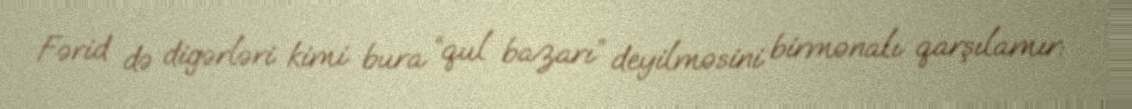
Fərid də digərləri kimi bura “qul bazarı” deyilməsini birmənalı qarşılamır: